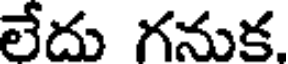
లేదు గనుక